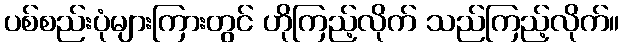
ပစ်စည်းပုံများကြားတွင် ဟိုကြည့်လိုက် သည်ကြည့်လိုက်။